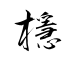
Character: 檼